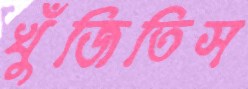
খুঁজিতিস